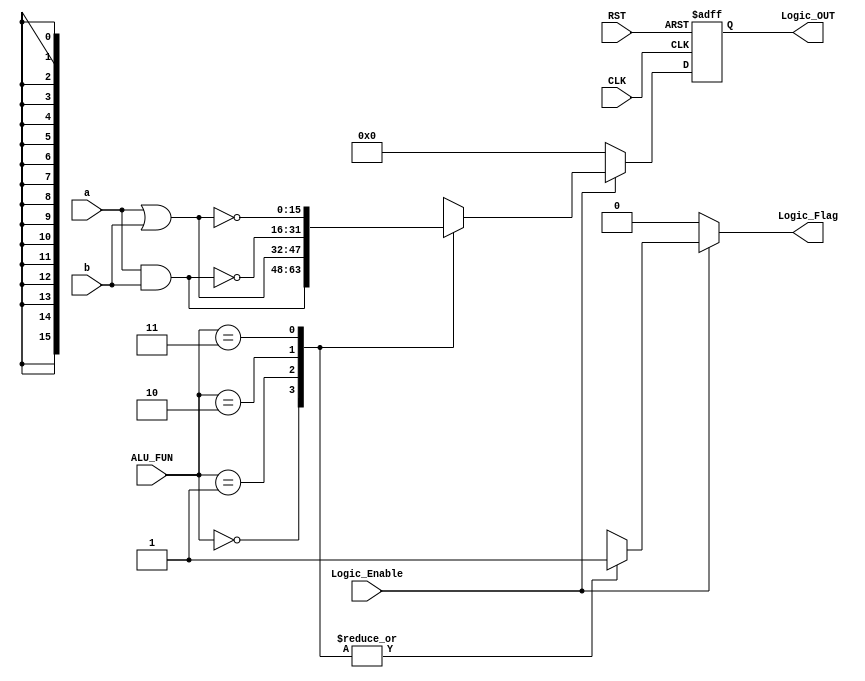
module LOGIC_UNIT #(
parameter A_WIDTH = 16             , //initialize a parameter variable with value 16 
parameter B_WIDTH = 16             , //initialize a parameter variable with value 16 
parameter ALU_FUN_WIDTH = 2        , //initialize a parameter variable with value 2
parameter ALU_LOGIC_OUT_WIDTH = 16 , //initialize a parameter variable with value 16
parameter ALU_LOGIC_OUT_D_WIDTH = 16 ) //initialize a parameter variable with value 16 
  (
  
  //                  Port Decleration                
  input wire [A_WIDTH-1:0] a,
  input wire [B_WIDTH-1:0] b,
  input wire [ALU_FUN_WIDTH-1:0] ALU_FUN,
  input wire CLK,
  input wire RST,
  input wire Logic_Enable,
  output reg [ALU_LOGIC_OUT_WIDTH-1:0] Logic_OUT,
  output reg Logic_Flag
  
  );
  
  reg [ALU_LOGIC_OUT_D_WIDTH-1:0] Logic_D;
//-----------------------------------------------------------------------
//                    Always Sequential Block   
//-----------------------------------------------------------------------

always@(posedge CLK or negedge RST)
begin
  
  if(!RST)
    
    Logic_OUT <= 16'b0;
    
  else
    
    Logic_OUT <= Logic_D;
    
end




//-----------------------------------------------------------------------
//                    Always Combinational Block   
//-----------------------------------------------------------------------


// impelementing the Logic Functions


always@(*)
  begin
    
    if (Logic_Enable)
      
      begin
 //                     intial values
      Logic_D = 16'b0;
      Logic_Flag = 1'b0;
      
    case(ALU_FUN)
      
      
      2'b00:
      
      begin
       Logic_D = (a & b); // Logic and 
       Logic_Flag = 1'b1;
        end
        
      2'b01:
      
      begin
       Logic_D = (a | b);  // Logic or
       Logic_Flag = 1'b1;
        end
        
      2'b10:
      
      begin
       Logic_D = ~(a & b);  // Logic nand
       Logic_Flag = 1'b1;
        end
        
      2'b11:
      
      begin
       Logic_D = ~(a | b);  // Logic nor
       Logic_Flag = 1'b1;
        end
        
    default:
    
    begin
     Logic_D = 16'b0;
     Logic_Flag = 1'b0;
      end
      
  endcase
end

else
  
  begin
    
    Logic_D = 16'b0;
    Logic_Flag = 1'b0;
  end
  
  end
  
  
endmodule